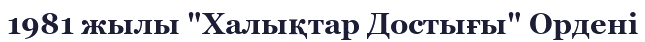
1981 жылы "Халықтар Достығы" Ордені